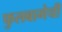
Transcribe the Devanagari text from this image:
फुलबागेची